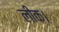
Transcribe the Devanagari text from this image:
लीक।